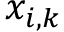
x _ { i , k }